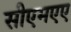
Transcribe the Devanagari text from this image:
सीएमएए